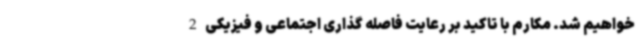
خواهیم شد. مکارم با تاکید بر رعایت فاصله گذاری اجتماعی و فیزیکی 2